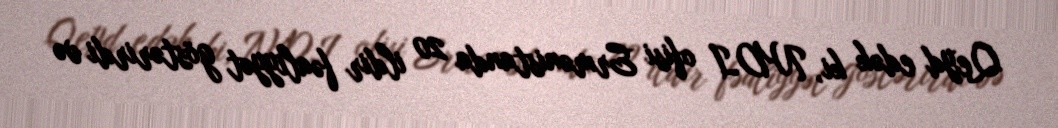
Qeyd edək ki, NDI ofisi Ermənistanda 20 ildir fəaliyyət göstərirdi və